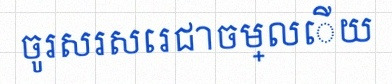
ចូរសរសេរជាចម្លើយ